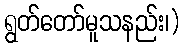
ရွတ်တော်မူသနည်း၊)